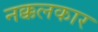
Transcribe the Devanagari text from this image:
नक्कलकार